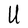
Character: U